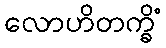
လောဟိတက္ခိံ